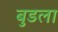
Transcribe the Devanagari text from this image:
बुडला